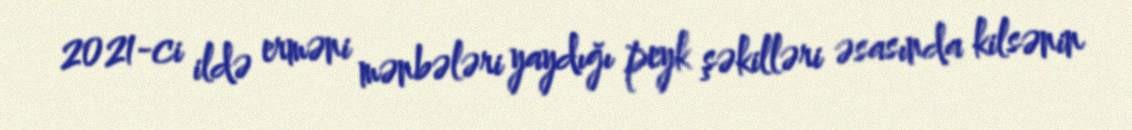
2021-ci ildə erməni mənbələri yaydığı peyk şəkilləri əsasında kilsənin